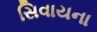
સિવાયના